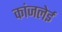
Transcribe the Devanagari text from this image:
कांजलेई